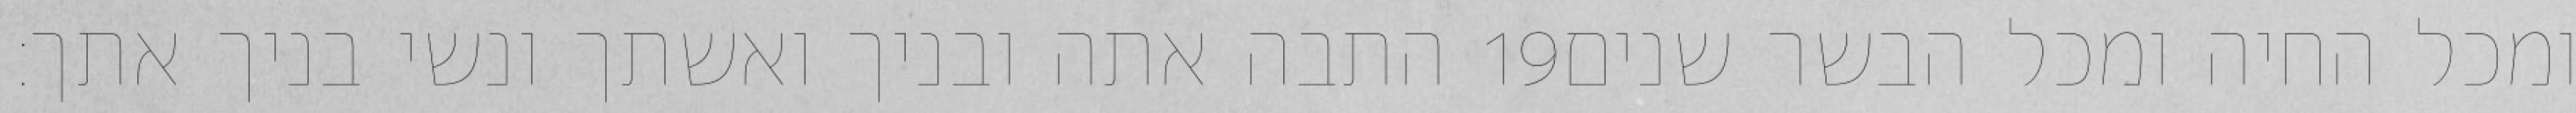
התבה אתה ובניך ואשתך ונשי בניך אתך׃ ‎19‏ ומכל החיה ומכל הבשר שנים